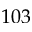
1 0 3